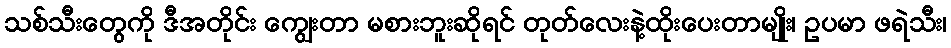
သစ်သီးတွေကို ဒီအတိုင်း ကျွေးတာ မစားဘူးဆိုရင် တုတ်လေးနဲ့ထိုးပေးတာမျိုး၊ ဥပမာ ဖရဲသီး၊